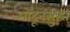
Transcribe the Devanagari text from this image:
ओढूनसुद्धा